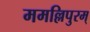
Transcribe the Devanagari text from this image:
ममल्लिपुरम्